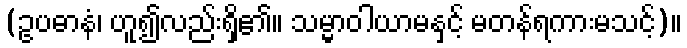
(ဥပဓာနံ၊ ဟူ၍လည်းရှိ၏။ သမ္မာဝါယာမနှင့် မတန်ရကားမသင့်)။